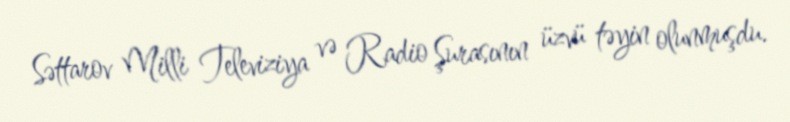
Səttarov Milli Televiziya və Radio Şurasının üzvü təyin olunmuşdu.